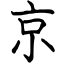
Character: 京